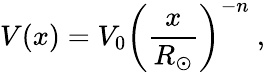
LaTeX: V(x)=V_{0}\left(\frac{x}{R_{\odot}}\right)^{-n}\ ,